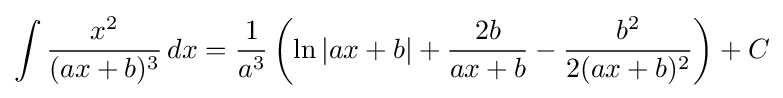
\int {\frac {x^{2}}{(ax+b)^{3}}}\,dx={\frac {1}{a^{3}}}\left(\ln \left|ax+b\right|+{\frac {2b}{ax+b}}-{\frac {b^{2}}{2(ax+b)^{2}}}\right)+C